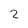
Character: 2